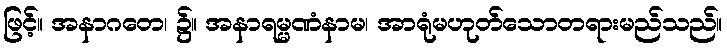
ဖြင့်။ အနာဂတေ၊ ၌။ အနာရမ္မဏံနာမ၊ အာရုံမဟုတ်သောတရားမည်သည်။